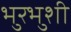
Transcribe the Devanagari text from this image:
भुरभुशी